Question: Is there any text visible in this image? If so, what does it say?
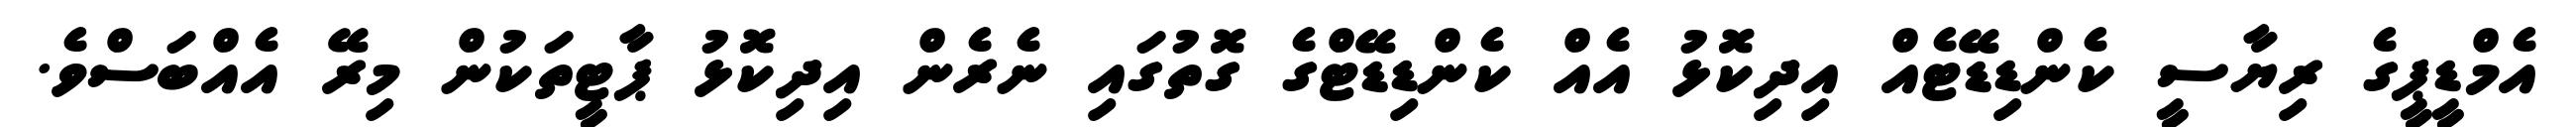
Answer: އެމްޑީޕީގެ ރިޔާސީ ކެންޑިޑޭޓެއް އިދިކޮޅު އެއް ކެންޑިޑޭޓްގެ ގޮތުގައި ނެރެން އިދިކޮޅު ޕާޓީތަކުން މިރޭ އެއްބަސްވެ.